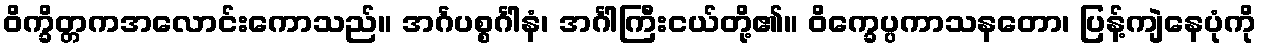
ဝိက္ခိတ္တကအလောင်းကောသည်။ အင်္ဂပစ္စင်္ဂါနံ၊ အင်္ဂါကြီးငယ်တို့၏။ ဝိက္ခေပ္ပကာသနတော၊ ပြန့်ကျဲနေပုံကို